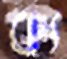
ক্য